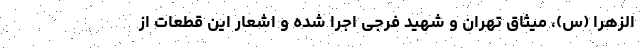
الزهرا (س)، میثاق تهران و شهید فرجی اجرا شده و اشعار این قطعات از